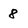
Character: 8